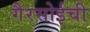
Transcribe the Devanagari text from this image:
गैरसोईची